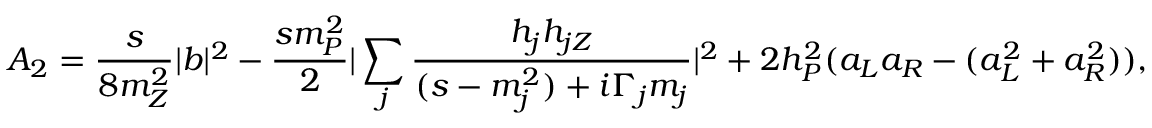
A _ { 2 } = \frac { s } { 8 m _ { Z } ^ { 2 } } | b | ^ { 2 } - \frac { s m _ { P } ^ { 2 } } { 2 } | \sum _ { j } \frac { h _ { j } h _ { j Z } } { ( s - m _ { j } ^ { 2 } ) + i \Gamma _ { j } m _ { j } } | ^ { 2 } + 2 h _ { P } ^ { 2 } ( a _ { L } a _ { R } - ( a _ { L } ^ { 2 } + a _ { R } ^ { 2 } ) ) ,